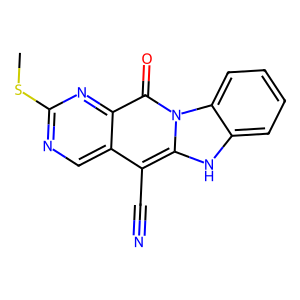
SMILES: CSc1ncc2c(C#N)c3[nH]c4ccccc4n3c(=O)c2n1
Inhibits HIV replication: No